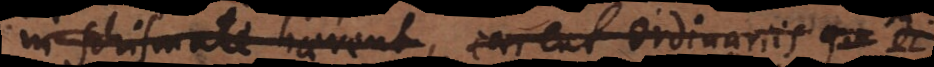
in schismate haerent, carent ordinariis qu di